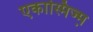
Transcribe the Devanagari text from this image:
एकास्मिज्म़